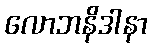
လောဘနိဒါနာ